Vaccination in Bombay 1924-1928 - 1924-1928
Year: 1924
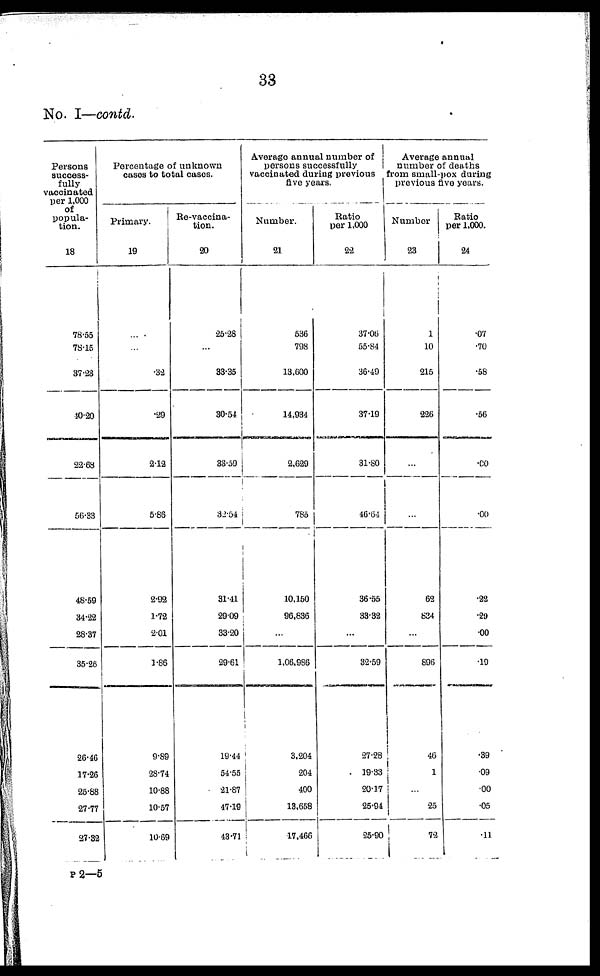
33
No. I—contd.
Persons
success-
fully
vaccinated
per 1,000
of
popula-
tion.
18
78.55
78.15
37.23
40.20
22.68
56.33
48.59
34.22
28.37
35.26
26.46
17.26
25.88
27.77
27.32
Percentage of unknown
cases to total cases.
Primary.
19
...
...
.32
.29
2.12
5.86
2.92
1.72
2.01
1.86
9.89
28.74
10.88
10.57
10.69
Re-vaccina¬
tion.
20
25.28
...
33.35
30.54
33.59
32.54
31.41
29.09
33.20
29.61
19.44
54.55
21.87
47.19
43.71
Average annual number of
persons successfully
vaccinated during previous
five years.
Number.
21
536
798
13,600
14,934
2,629
785
10,150
96,836
...
1,06,986
3,204
204
400
13,658
17,466
Ratio
per 1,000
22
37.06
55.84
36.49
37.19
31.80
46.64
36.55
33.32
...
32.59
27.28
19.33
20.17
25.94
25.90
Average annual
number of deaths
from small-pox during
previous five years.
Number
23
1
10
215
226
...
...
62
834
...
896
46
1
...
25
72
Ratio
per 1,000.
24
.07
.70
.58
.56
.00
.00
.22
.29
.00
.19
.39
.09
.00
.05
.11
P 2—5